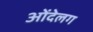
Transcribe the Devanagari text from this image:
ओंदेलग